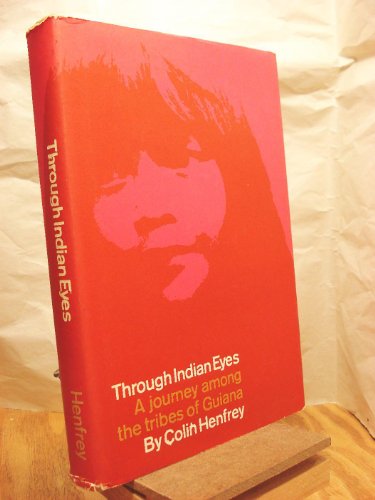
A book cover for Through Indian eyes;: A journey among the Indian tribes of Guiana; Colin Henfrey; Travel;